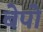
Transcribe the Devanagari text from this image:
बेपो